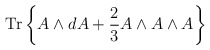
\begin{align*}{\mathrm{Tr}}\left\{A\wedge dA + \frac{2}{3}A\wedge A \wedge A \right\}\end{align*}